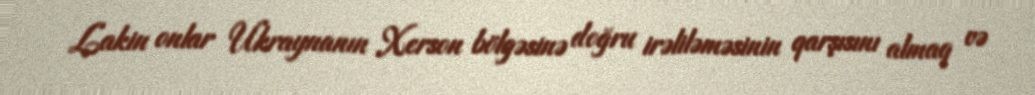
Lakin onlar Ukraynanın Xerson bölgəsinə doğru irəliləməsinin qarşısını almaq və